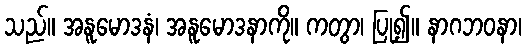
သည်။ အနူမောဒနံ၊ အနူမောဒနာကို။ ကတွာ၊ ပြု၍။ နာဂဘဝနာ၊